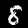
Label: 8